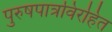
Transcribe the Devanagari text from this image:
पुरुषपात्रविरहित